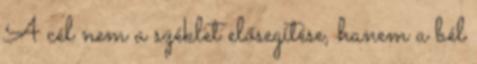
A cél nem a széklet elősegítése, hanem a bél